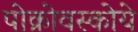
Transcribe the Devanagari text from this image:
पोक्रोवस्कोये